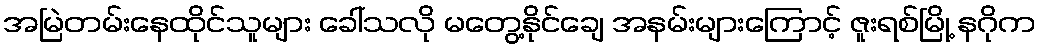
အမြဲတမ်းနေထိုင်သူများ ခေါ်သလို မတွေ့နိုင်ချေ အနမ်းများကြောင့် ဇူးရစ်မြို့ နဂိုက